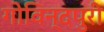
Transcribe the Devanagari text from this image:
गोविन्दपुरी